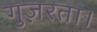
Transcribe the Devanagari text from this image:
गुज़रता।